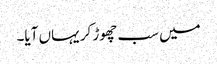
میں سب چھوڑ کر یہاں آیا۔